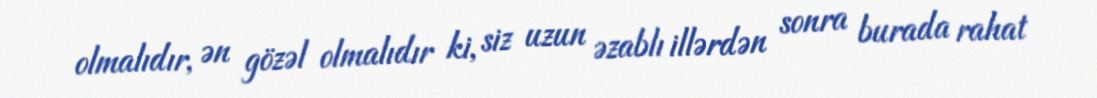
olmalıdır, ən gözəl olmalıdır ki, siz uzun əzablı illərdən sonra burada rahat